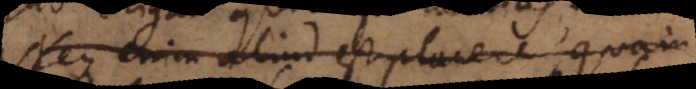
Neque enim aliud est placere, quam